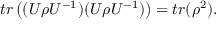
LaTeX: t r \left( ( U \rho U ^ { - 1 } ) ( U \rho U ^ { - 1 } ) \right) = t r ( \rho ^ { 2 } ) .